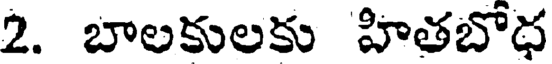
2. బాలకులకు హితబోధ